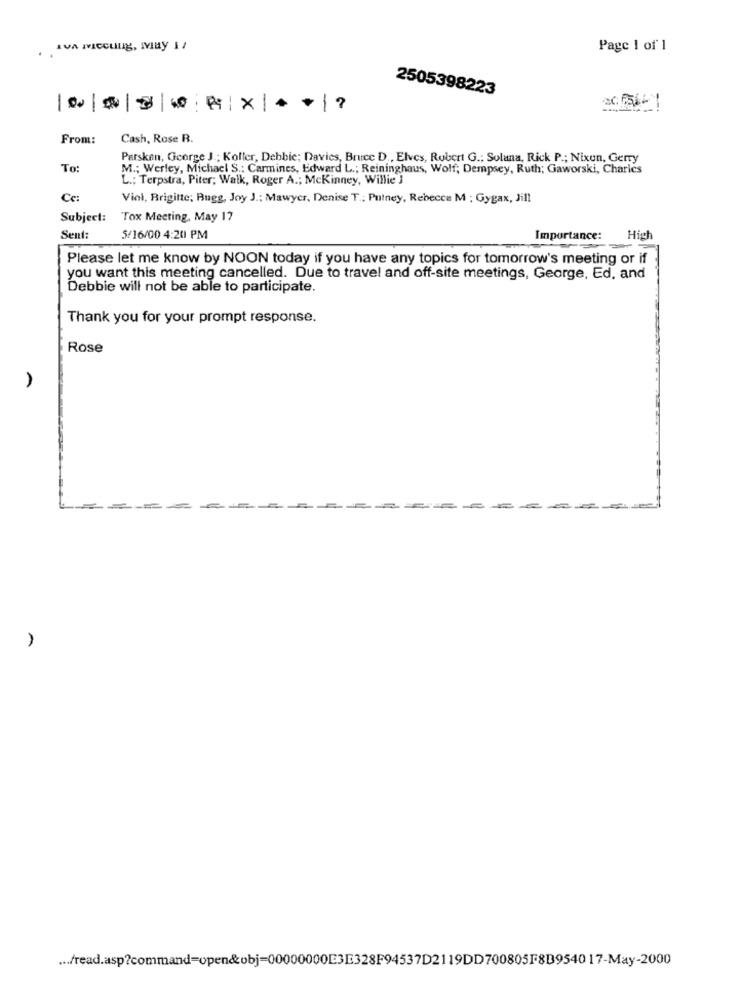
AVA IVICOLILg, May 11
Page 1 of 1
2505398223
-
From:
Cash, Rose R.
Parsken, George J .; Koller, Debbie; Davies, Bruce D ., Elves, Robert G .; Solana, Rick P .; Nixun, Gerry
To:
M .; Werley, Michacl S .: Carmines, Edward L .; Reininghaus, Wolf; Dempsey, Ruth; Gaworski, Charles
L .; Terpstra, Piter; Walk, Roger A .; Mckinney, Willie ]
Ce:
Viol, Brigitte; Bugg, Joy J .: Mawyer, Denise T .: Putney, Rebecca M : Gygax, Jill
Subject:
Tox Meeting, May 17
Sent:
5/16/00 4:20 PM
Importance:
High
Please let me know by NOON today if you have any topics for tomorrow's meeting or if
you want this meeting cancelled. Due to travel and off-site meetings, George, Ed, and
Debbie will not be able to participate.
Thank you for your prompt response.
Rose
... fread.asp?command=open&obj=00000000E3E328F94537D2119DD700805F8B954017-May-2000